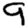
Digit: 9